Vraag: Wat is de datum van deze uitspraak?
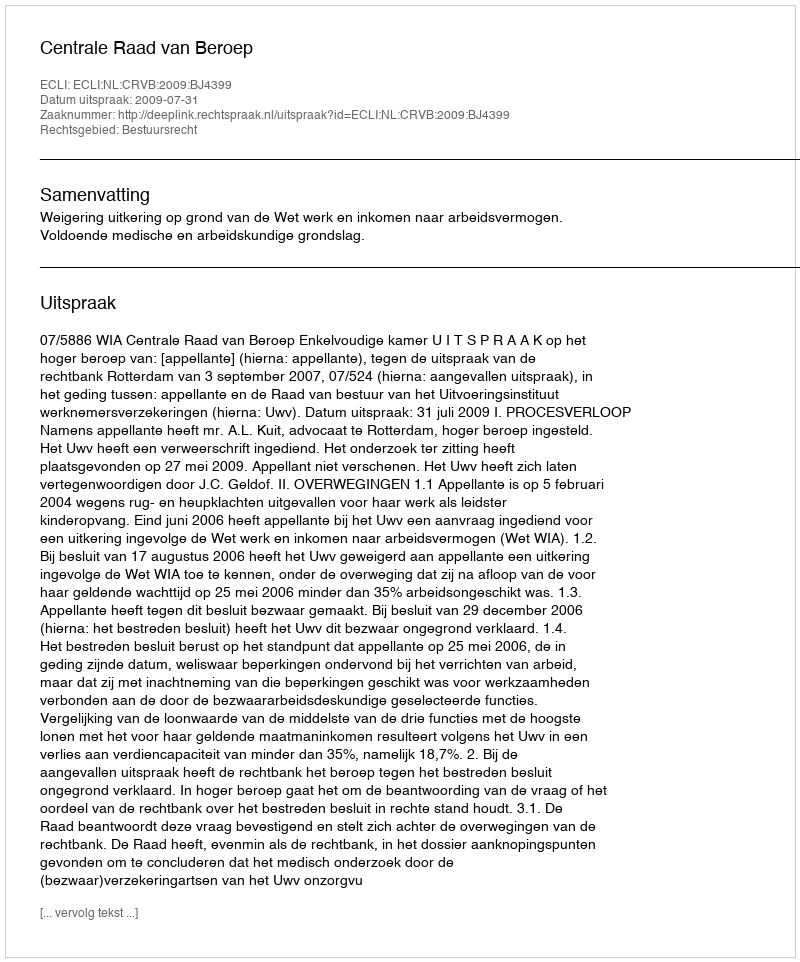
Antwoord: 2009-07-31